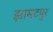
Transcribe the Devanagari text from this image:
झामटपुर